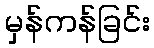
မှန်ကန်ခြင်း